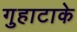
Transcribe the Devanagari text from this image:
गुहाटाके